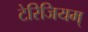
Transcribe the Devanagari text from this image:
टेरिजियम्